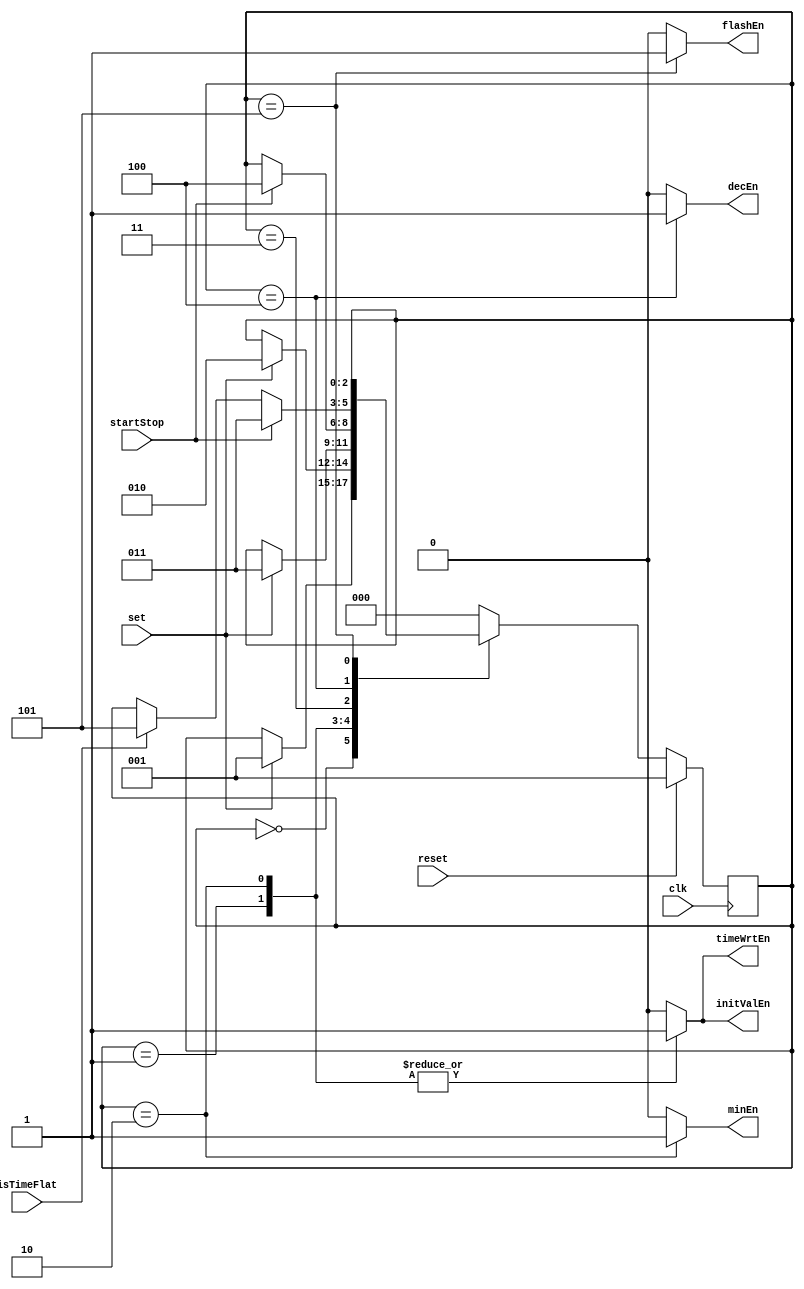

module TimerController(clk, reset, set, startStop, isTimeFlat, 
	flashEn, decEn, timeWrtEn, initValEn, minEn);
	
	parameter Reset = 3'b000, SetSec = 3'b001, SetMin = 3'b010, WaitForStart = 3'b011, 
		RunTimer = 3'b100, Flash = 3'b101;

	input clk, reset, set, startStop, isTimeFlat;
	output reg flashEn, decEn, timeWrtEn, initValEn, minEn;
	
	reg[2:0] state;
	
	always @ (posedge clk) begin
		if(reset) state <= reset;
		else begin
			case(state)
				Reset: begin
					if(set) state <= SetSec;
				end
				SetSec: begin
					if(set) state <= SetMin;
				end
				SetMin: begin
					if(set) state <= WaitForStart;
				end
				WaitForStart: begin
					if(startStop) state <= RunTimer;
				end
				RunTimer: begin
					if(startStop) state <= WaitForStart;
					else if(isTimeFlat) state <= Flash;
				end
				Flash: begin
					if(reset) state <= SetSec;
				end
				default: begin
					state <= Reset;
				end
			endcase
		end
	end
	
	always @ (state) begin
		case(state)
			Reset: begin
				flashEn <= 1'b0; //for flashing
				decEn <= 1'b0; //for decrementing
				timeWrtEn <= 1'b0; //for writing to timereg
				initValEn <= 1'b0; //for writing to decrementer
				minEn <= 1'b0; //for writing to mins in timereg
			end
			SetSec: begin
				flashEn <= 1'b0;
				decEn <= 1'b0;
				timeWrtEn <= 1'b1;
				initValEn <= 1'b1;
				minEn <= 1'b0;
			end
			SetMin: begin
				flashEn <= 1'b0;
				decEn <= 1'b0;
				timeWrtEn <= 1'b1;
				initValEn <= 1'b1;
				minEn <= 1'b1;
			end
			WaitForStart: begin
				flashEn <= 1'b0;
				decEn <= 1'b0;
				timeWrtEn <= 1'b0;
				initValEn <= 1'b0;
				minEn <= 1'b0;
			end
			RunTimer	: begin
				flashEn <= 1'b0;
				decEn <= 1'b1;
				timeWrtEn <= 1'b0;
				initValEn <= 1'b0;
				minEn <= 1'b0;
			end
			Flash: begin
				flashEn <= 1'b1;
				decEn <= 1'b0;
				timeWrtEn <= 1'b0;
				initValEn <= 1'b0;
				minEn <= 1'b0;
			end
			default: begin
				flashEn <= 1'b0;
				decEn <= 1'b0;
				timeWrtEn <= 1'b0;
				initValEn <= 1'b0;
				minEn <= 1'b0;
			end
		endcase
	end

endmodule